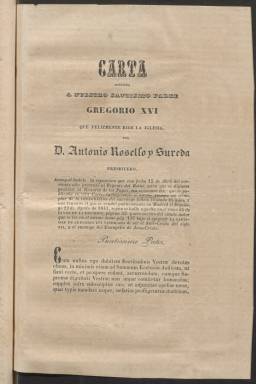
Título: El Reparador (Madrid. 1837)
Colección: Periódicos anteriores a 1850
Ámbito geográfico: Madrid
Lugar de publicación: Madrid
Fechas: 01/01/1843-28/03/1844